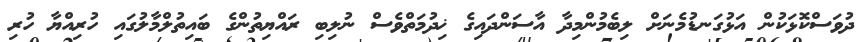
ދުވަސްކޮޅަކުން އަޅުގަނޑުމެނަށް ލިބެމުންމިދާ އާސަންދައިގެ ޚިދުމަތްވެސް ނުލިބި ރައްޔިތުންގެ ބައިތުލްމާލުގައި ހުރިއްޔާ ހުރި